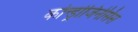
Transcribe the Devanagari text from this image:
कोन्ड्रोजिनेसिस